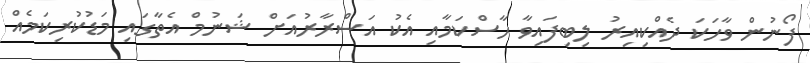
ފޯނުން ވާހަކަ ދެއްކިއިރު ލިބިފައިވާ ހާސްކަމާއި އެކު އަސްރާރުއަށް ޝަނުމް އެތާގައި މަޑުކުރިކަމެއް